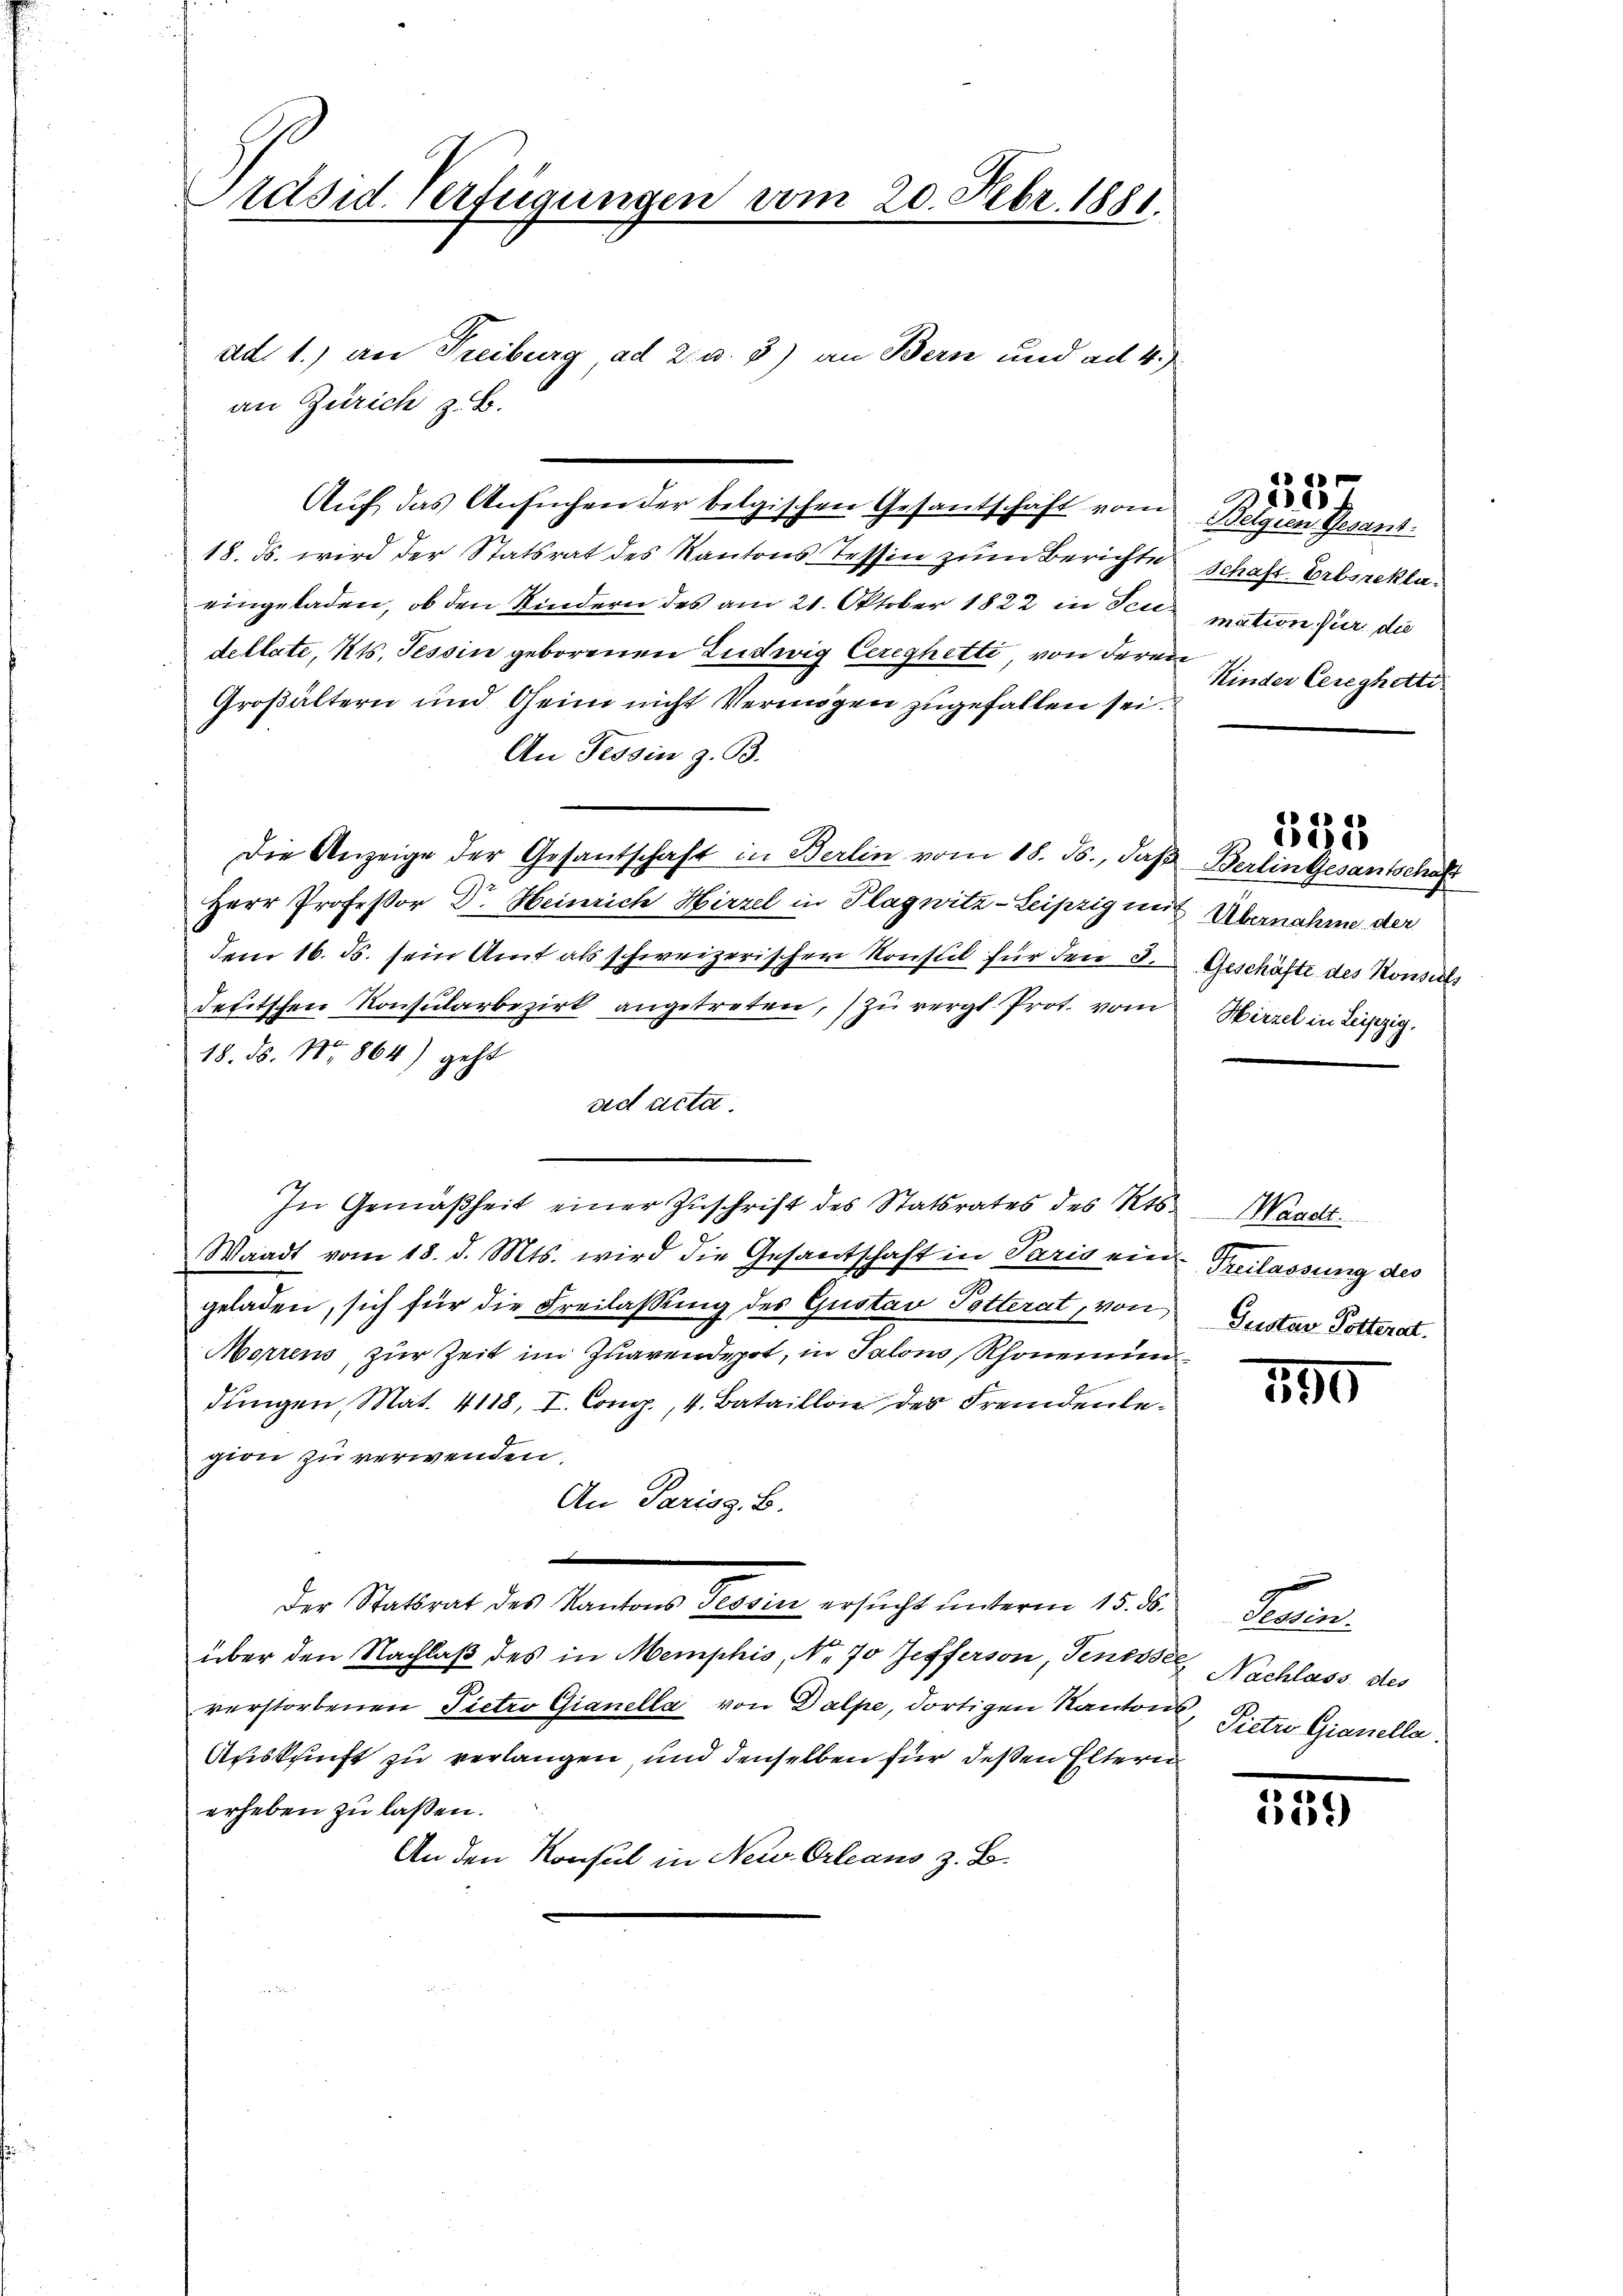
Präsid. Verfügungen vom 20. Febr. 1881.

ad. 1.) an Freiburg, ad 2. u. 3) an Bern und ad 4.)
an Zürich z. B.

18. ds. wird der Statsrat des Kantons Tessin zum Berichte
eingeladen, ob den Kindern des am 21. Oktober 1822 in Teudellate, Kts. Tessin geborenen Ludwig Cereghetti, von deren
Großältern und Oheim nicht Vermögen zugefallen sei.
An Tessin z. B.
Herr Professor Dr. Heinrich Hirzel in Plagwitz-Leipzig mit Übernahme der
dem 16. ds. sein Amt als schweizerischer Konsul für den 3.
deetschen Konsularbezirk angetreten, zu vergl. Prot. vom
18. ds. No. 864) geht
ad acta
In Gemäßheit einer Zŭschrift des Statsrates des Kts. Waadt.
Waadt vom 18. d. Mts. wird die Gesantschaft in Paris eine Verlassung des
geladen, sich für die Freilassung des Gustav Potterat, von Gustav Dotterat
Morrens, zur Zeit im Inavendepot, in Salon, Rhonenun
dungen, Mat. 4118, I. Comp., 4. Bataillone des Fremdenlegion zu verwenden.
An Pariss. B.
.
der Statsrat des Kantons Tessin ersucht unterm 15. ds. Tessinüber den Nachlaß des in Memphis, No. 70 Jefferson, Tenesse Nachlass des
verstorbenen Pietro Gianella von Dalpe, dortigen Kanton Pietri Gianella
Auskunft zu verlangen, und denselben für deßen Eltern
erheben zu laßen.
An den Konsul in Neu Orleans z. B.

Die Anzeige der Gesandschaft in Berlin vom 18. ds., daß

Auf das Ansuchen der belgischen Gesantschaft vom

Belgien Gesant.
Schaft-Erbsrekla-
mation für die
Kinder Cereghetti

de
a

515

Berlin Gesantschaft
Geschäfte des Konsuls
Hirzel in Leipzig.

t

590

539)